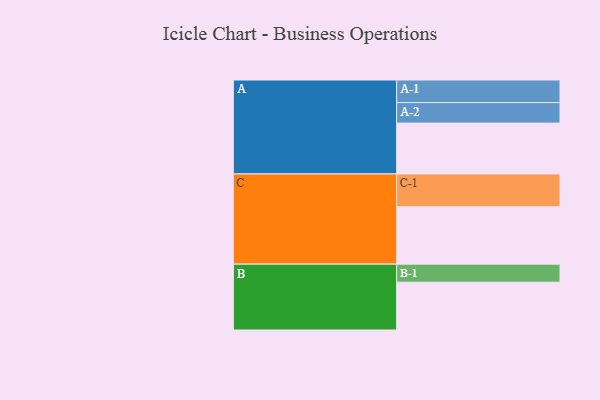
{"axis": {"x": "Segment", "y": "Value"}, "legend": ["", "A", "B", "C"], "data": [{"x": "A", "y": 387, "type": ""}, {"x": "B", "y": 364, "type": ""}, {"x": "C", "y": 437, "type": ""}, {"x": "A-1", "y": 172, "type": "A"}, {"x": "A-2", "y": 156, "type": "A"}, {"x": "B-1", "y": 137, "type": "B"}, {"x": "C-1", "y": 249, "type": "C"}]}